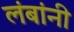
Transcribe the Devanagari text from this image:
लंबांनी